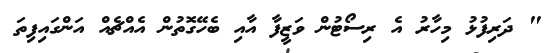
" ދަރިފުޅު މިހާރު އެ ރިސޯޓުން ވަޒީފާ އާއި ބެހޭގޮތުން އެއްޗެއް އަންގައިފިތަ